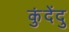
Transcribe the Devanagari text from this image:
कुंदेंदु